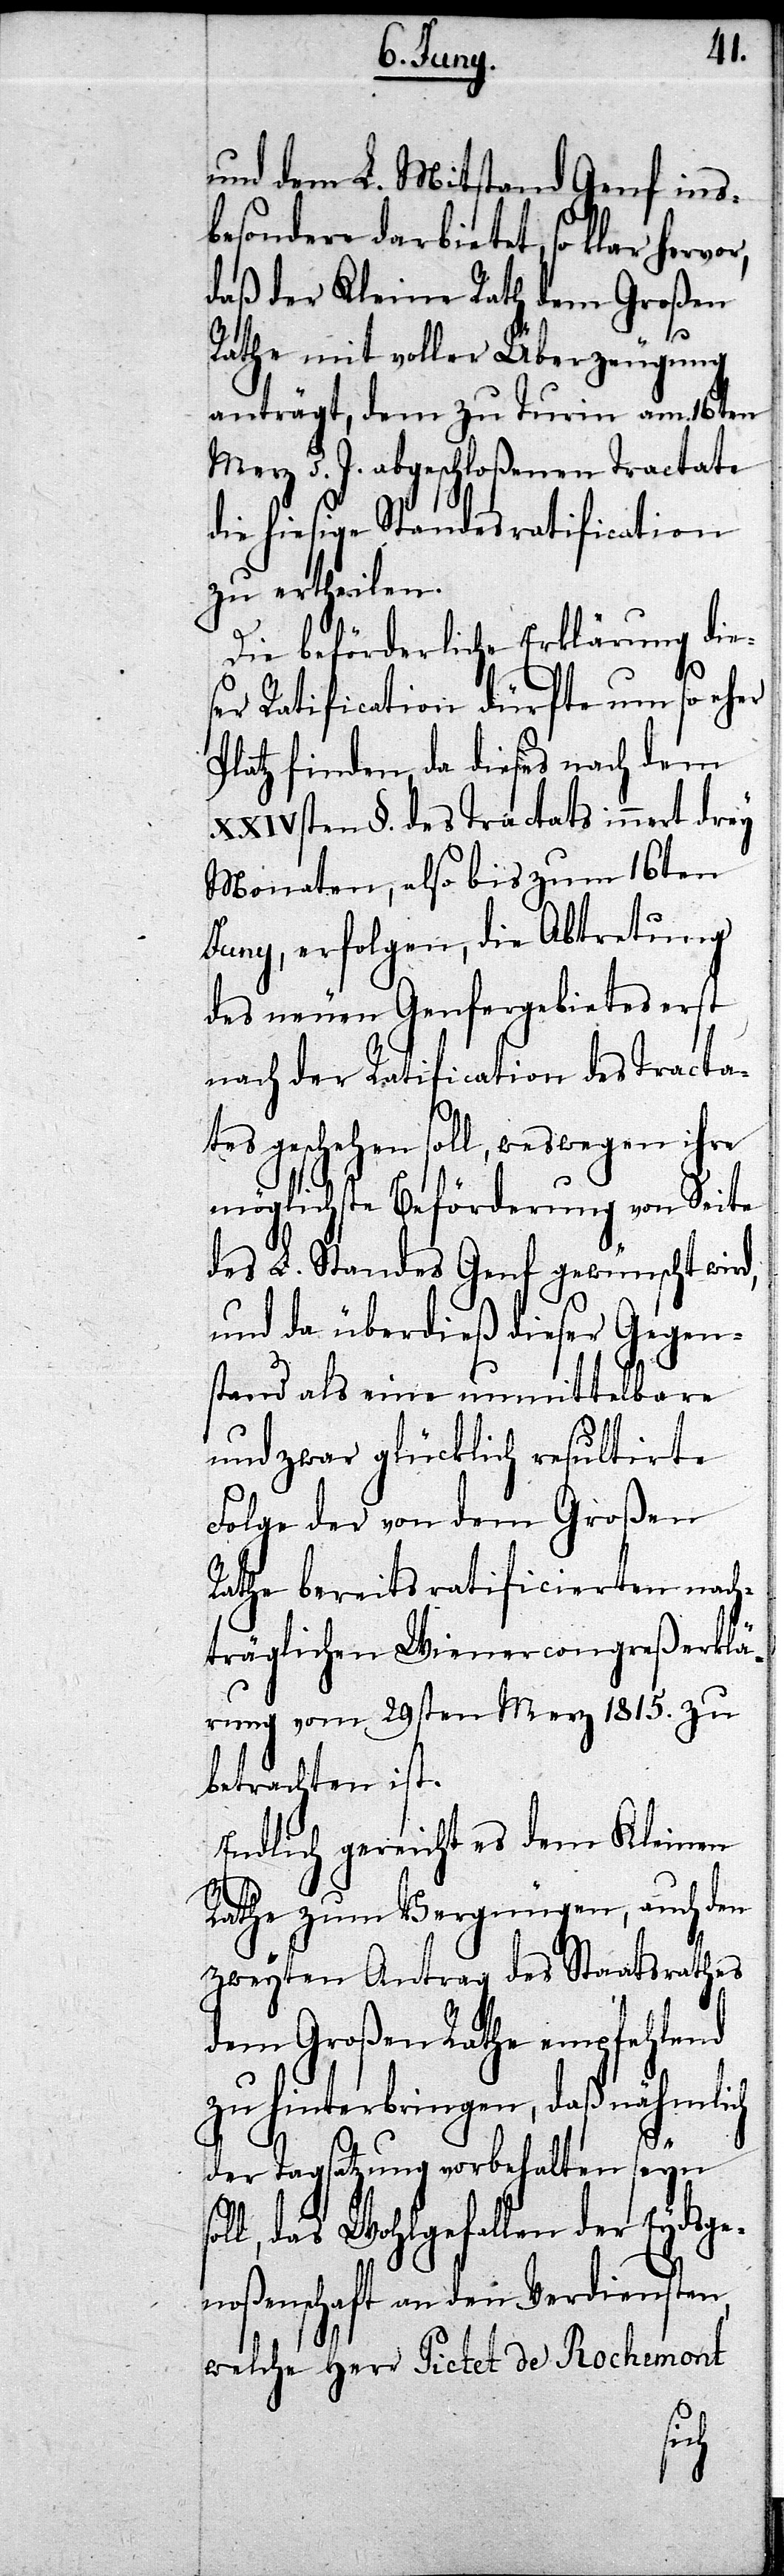
und dem L. Mitstand Genf ins¬
besondere darbietet, so klar hervor,
daß der Kleine Rath dem Großen
Rathe mit voller Überzeugung
anträgt, dem zu Turin am 16ten
Merz d. J. abgeschloßenen Tractate
die hiesige Standesratification
zu ertheilen.
Die beförderliche Erklärung die¬
ser Ratification dürfte um so eher
Platz finden, da dieses nach dem
XXIVsten §. des Tractats innert drey
Monaten, also bis zum 16ten
Juny, erfolgen, die Abtretung
des neuen Genfergebietes erst
nach der Ratification des Tracta¬
tes geschehen soll, weswegen ihre
möglichste Beförderung von Seite
des L. Standes Genf gewünscht wird,
und da überdieß dieser Gegen¬
stand als eine unmittelbare
und zwar glücklich resultirte
Folge der von dem Großen
Rathe bereits ratificierten nach¬
träglichen Wienercongreßerklä¬
rung vom 29sten Merz 1815. zu
betrachten ist.
Endlich gereicht es dem Kleinen
Rathe zum Vergnügen, auch den
zweyten Antrag des Staatsrathes
dem Großen Rathe empfehlend
zu hinterbringen, daß nähmlich
der Tagsatzung vorbehalten seyn
l, das Wohlgefallen der Eydsge¬
noßenschaft an den Verdiensten,
welche Herr Pictet de Rochemont
sol¬